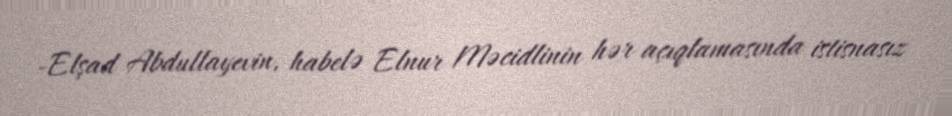
-Elşad Abdullayevin, habelə Elnur Məcidlinin hər açıqlamasında istisnasız